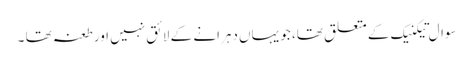
سوال تیکنیک کے متعلق تھا، جو یہاں دہرانے کے لائق نہیں اور طعنہ تھا ۔